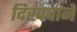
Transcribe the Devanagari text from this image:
दिखवाने